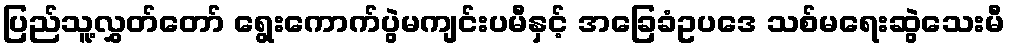
ပြည်သူ့လွှတ်တော် ရွေးကောက်ပွဲမကျင်းပမီနှင့် အခြေခံဥပဒေ သစ်မရေးဆွဲသေးမီ